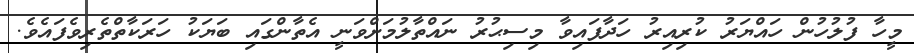
މީހާ ފުލުހުން ހައްޔަރު ކުރިއިރު ހަދާފައިވާ މިސިޙުރު ނައްތާލުމަށްވަނީ އެތާންގައި ބަޔަކު ހަރަކާތްތެރިވެފައެވެ.